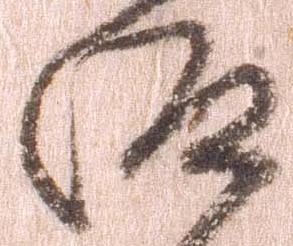
仰